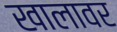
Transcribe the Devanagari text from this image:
खालावर